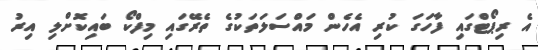
އެ ރިޕޯޓްގައި ފާހަގަ ކުރި އެހެން މައްސަލަތަކުގެ ތެރޭގައި މިފްކޯ ބައިކޮށްލި އިރު